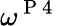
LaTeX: \omega^{\mathrm{~P~4~}}